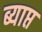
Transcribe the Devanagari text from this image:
ब्याप्त